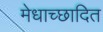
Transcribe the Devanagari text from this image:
मेधाच्छादित